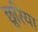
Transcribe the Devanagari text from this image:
छूरिया